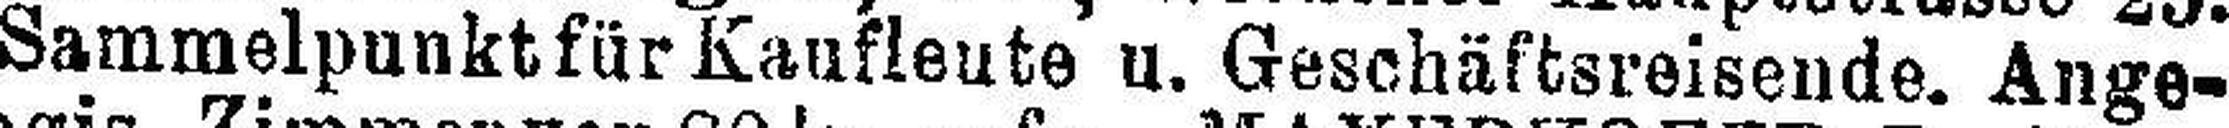
Sammelpunkt für Kaufleute u. Geschäftsreisende. Ange¬